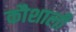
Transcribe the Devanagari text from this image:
कौशाली